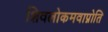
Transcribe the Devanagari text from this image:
शिवलोकमवाप्नोति